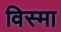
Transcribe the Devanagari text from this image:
विस्मा